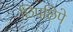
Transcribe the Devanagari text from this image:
छिपछिपे